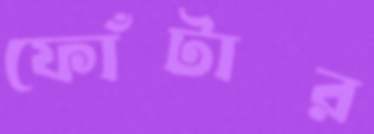
ফোঁটার